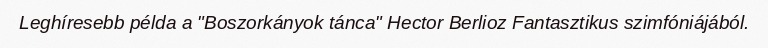
Leghíresebb példa a "Boszorkányok tánca" Hector Berlioz Fantasztikus szimfóniájából.